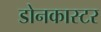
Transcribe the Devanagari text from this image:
डोनकास्टर